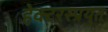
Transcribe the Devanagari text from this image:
हेक्टरस्प्रयुत